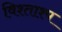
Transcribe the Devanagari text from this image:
विश्ताश्प